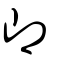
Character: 即